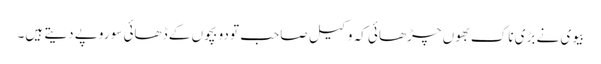
بیوی نے بڑی ناک بھوں چڑھائی کہ وکیل صاحب تو دو بچوں کے ڈھائی سو روپے دیتے ہیں۔